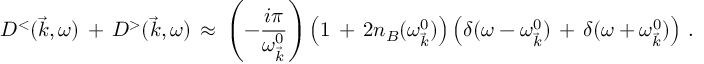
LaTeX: D ^ { < } ( \vec { k } , \omega ) \, + \, D ^ { > } ( \vec { k } , \omega ) \, \approx \, \left( - \frac { i \pi } { \omega _ { \vec { k } } ^ { 0 } } \right) \left( 1 \, + \, 2 n _ { B } ( \omega _ { \vec { k } } ^ { 0 } ) \right) \left( \delta ( \omega - \omega _ { \vec { k } } ^ { 0 } ) \, + \, \delta ( \omega + \omega _ { \vec { k } } ^ { 0 } ) \right) \, .